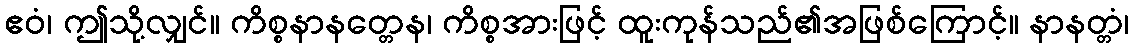
ဧဝံ၊ ဤသို့လျှင်။ ကိစ္စနာနတ္တေန၊ ကိစ္စအားဖြင့် ထူးကုန်သည်၏အဖြစ်ကြောင့်။ နာနတ္တံ၊